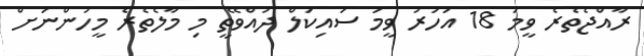
ރާއްޖެތެރެ ވީމަ 18 އަހަރު ވީމަ ސައިކަލް ދުއްވޭތީ މި މާލެތެރެ މީހުންނަށް